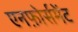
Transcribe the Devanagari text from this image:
एनफ़ोर्समेंट